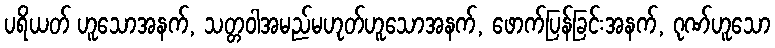
ပရိယတ် ဟူသောအနက်, သတ္တဝါအမည်မဟုတ်ဟူသောအနက်, ဖောက်ပြန်ခြင်းအနက်, ဂုဏ်ဟူသော